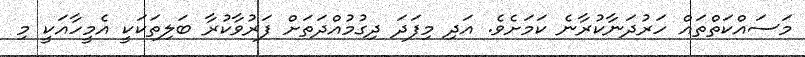
މަސައްކަތްތައް ހަރުދަނާކުރާނެ ކަމަށެވެ. އަދި މިފަދަ ދިގުމުއްދަތަށް ފަރުވާކުރާ ބަލިތަކަކީ އެމީހާއަކީ މި